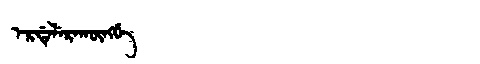
Manchu: ᡝᡵᡩᡝᠯᡝᡵᠠᡴᡡᠩᡤᡝ
Romanization: ERDELERAKŪNGGE